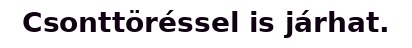
Csonttöréssel is járhat.